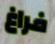
فراغ